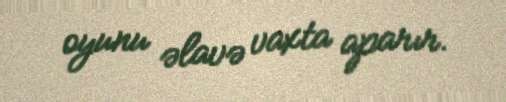
oyunu əlavə vaxta aparır.